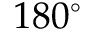
1 8 0 ^ { \circ }